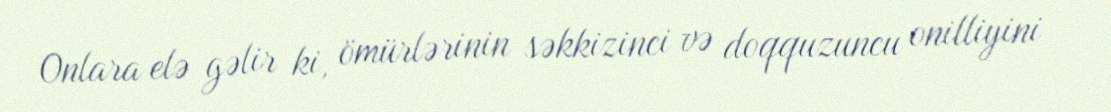
Onlara elə gəlir ki, ömürlərinin səkkizinci və doqquzuncu onilliyini